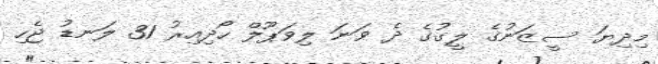
މިދިޔަ ސީޒަނުގެ ލީގުގެ ދެ ވަނަ ލިވަޕޫލް ހޯދިއިރު 31 ލަނޑު ޖެހި